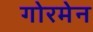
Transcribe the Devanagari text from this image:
गोरमेन